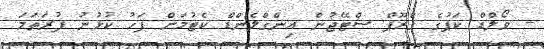
- ވޯލްޑް ކަޕުގެ ގްރޫޕް ސްޓޭޖުން އިންގްލެންޑް ކެޓުމަށް ފަހު ކުޅުނު ފުރަތަމަ